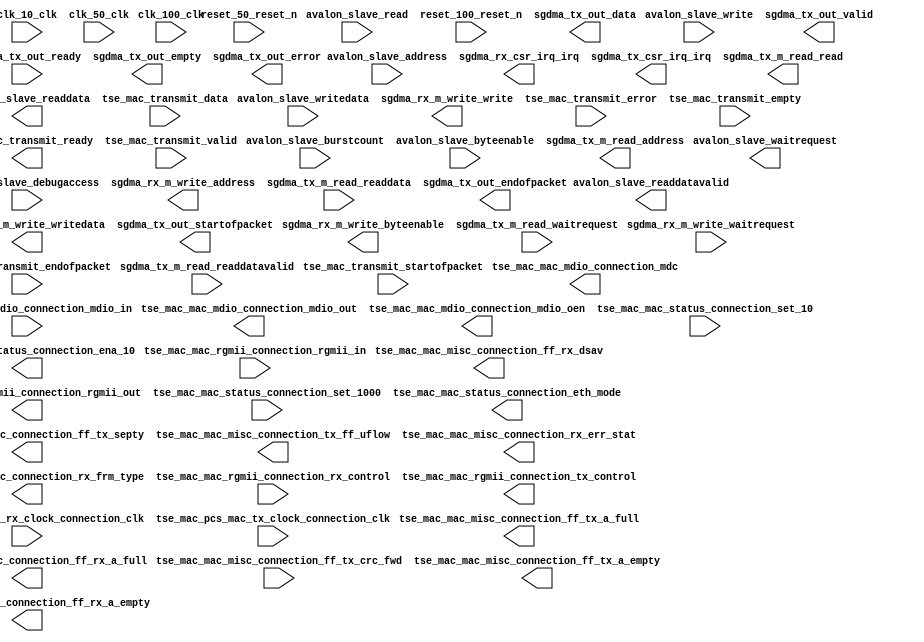

module tse_w_sgdma_4ic_small_1G_rgmii (
	avalon_slave_waitrequest,
	avalon_slave_readdata,
	avalon_slave_readdatavalid,
	avalon_slave_burstcount,
	avalon_slave_writedata,
	avalon_slave_address,
	avalon_slave_write,
	avalon_slave_read,
	avalon_slave_byteenable,
	avalon_slave_debugaccess,
	clk_10_clk,
	clk_100_clk,
	clk_50_clk,
	reset_100_reset_n,
	reset_50_reset_n,
	sgdma_rx_csr_irq_irq,
	sgdma_rx_m_write_waitrequest,
	sgdma_rx_m_write_address,
	sgdma_rx_m_write_write,
	sgdma_rx_m_write_writedata,
	sgdma_rx_m_write_byteenable,
	sgdma_tx_csr_irq_irq,
	sgdma_tx_m_read_readdata,
	sgdma_tx_m_read_readdatavalid,
	sgdma_tx_m_read_waitrequest,
	sgdma_tx_m_read_address,
	sgdma_tx_m_read_read,
	sgdma_tx_out_data,
	sgdma_tx_out_valid,
	sgdma_tx_out_ready,
	sgdma_tx_out_endofpacket,
	sgdma_tx_out_startofpacket,
	sgdma_tx_out_empty,
	sgdma_tx_out_error,
	tse_mac_mac_mdio_connection_mdc,
	tse_mac_mac_mdio_connection_mdio_in,
	tse_mac_mac_mdio_connection_mdio_out,
	tse_mac_mac_mdio_connection_mdio_oen,
	tse_mac_mac_misc_connection_ff_tx_crc_fwd,
	tse_mac_mac_misc_connection_ff_tx_septy,
	tse_mac_mac_misc_connection_tx_ff_uflow,
	tse_mac_mac_misc_connection_ff_tx_a_full,
	tse_mac_mac_misc_connection_ff_tx_a_empty,
	tse_mac_mac_misc_connection_rx_err_stat,
	tse_mac_mac_misc_connection_rx_frm_type,
	tse_mac_mac_misc_connection_ff_rx_dsav,
	tse_mac_mac_misc_connection_ff_rx_a_full,
	tse_mac_mac_misc_connection_ff_rx_a_empty,
	tse_mac_mac_rgmii_connection_rgmii_in,
	tse_mac_mac_rgmii_connection_rgmii_out,
	tse_mac_mac_rgmii_connection_rx_control,
	tse_mac_mac_rgmii_connection_tx_control,
	tse_mac_mac_status_connection_set_10,
	tse_mac_mac_status_connection_set_1000,
	tse_mac_mac_status_connection_eth_mode,
	tse_mac_mac_status_connection_ena_10,
	tse_mac_pcs_mac_rx_clock_connection_clk,
	tse_mac_pcs_mac_tx_clock_connection_clk,
	tse_mac_transmit_data,
	tse_mac_transmit_endofpacket,
	tse_mac_transmit_error,
	tse_mac_transmit_empty,
	tse_mac_transmit_ready,
	tse_mac_transmit_startofpacket,
	tse_mac_transmit_valid);	

	output		avalon_slave_waitrequest;
	output	[31:0]	avalon_slave_readdata;
	output		avalon_slave_readdatavalid;
	input	[2:0]	avalon_slave_burstcount;
	input	[31:0]	avalon_slave_writedata;
	input	[12:0]	avalon_slave_address;
	input		avalon_slave_write;
	input		avalon_slave_read;
	input	[3:0]	avalon_slave_byteenable;
	input		avalon_slave_debugaccess;
	input		clk_10_clk;
	input		clk_100_clk;
	input		clk_50_clk;
	input		reset_100_reset_n;
	input		reset_50_reset_n;
	output		sgdma_rx_csr_irq_irq;
	input		sgdma_rx_m_write_waitrequest;
	output	[31:0]	sgdma_rx_m_write_address;
	output		sgdma_rx_m_write_write;
	output	[31:0]	sgdma_rx_m_write_writedata;
	output	[3:0]	sgdma_rx_m_write_byteenable;
	output		sgdma_tx_csr_irq_irq;
	input	[31:0]	sgdma_tx_m_read_readdata;
	input		sgdma_tx_m_read_readdatavalid;
	input		sgdma_tx_m_read_waitrequest;
	output	[31:0]	sgdma_tx_m_read_address;
	output		sgdma_tx_m_read_read;
	output	[31:0]	sgdma_tx_out_data;
	output		sgdma_tx_out_valid;
	input		sgdma_tx_out_ready;
	output		sgdma_tx_out_endofpacket;
	output		sgdma_tx_out_startofpacket;
	output	[1:0]	sgdma_tx_out_empty;
	output		sgdma_tx_out_error;
	output		tse_mac_mac_mdio_connection_mdc;
	input		tse_mac_mac_mdio_connection_mdio_in;
	output		tse_mac_mac_mdio_connection_mdio_out;
	output		tse_mac_mac_mdio_connection_mdio_oen;
	input		tse_mac_mac_misc_connection_ff_tx_crc_fwd;
	output		tse_mac_mac_misc_connection_ff_tx_septy;
	output		tse_mac_mac_misc_connection_tx_ff_uflow;
	output		tse_mac_mac_misc_connection_ff_tx_a_full;
	output		tse_mac_mac_misc_connection_ff_tx_a_empty;
	output	[17:0]	tse_mac_mac_misc_connection_rx_err_stat;
	output	[3:0]	tse_mac_mac_misc_connection_rx_frm_type;
	output		tse_mac_mac_misc_connection_ff_rx_dsav;
	output		tse_mac_mac_misc_connection_ff_rx_a_full;
	output		tse_mac_mac_misc_connection_ff_rx_a_empty;
	input	[3:0]	tse_mac_mac_rgmii_connection_rgmii_in;
	output	[3:0]	tse_mac_mac_rgmii_connection_rgmii_out;
	input		tse_mac_mac_rgmii_connection_rx_control;
	output		tse_mac_mac_rgmii_connection_tx_control;
	input		tse_mac_mac_status_connection_set_10;
	input		tse_mac_mac_status_connection_set_1000;
	output		tse_mac_mac_status_connection_eth_mode;
	output		tse_mac_mac_status_connection_ena_10;
	input		tse_mac_pcs_mac_rx_clock_connection_clk;
	input		tse_mac_pcs_mac_tx_clock_connection_clk;
	input	[31:0]	tse_mac_transmit_data;
	input		tse_mac_transmit_endofpacket;
	input		tse_mac_transmit_error;
	input	[1:0]	tse_mac_transmit_empty;
	output		tse_mac_transmit_ready;
	input		tse_mac_transmit_startofpacket;
	input		tse_mac_transmit_valid;
endmodule